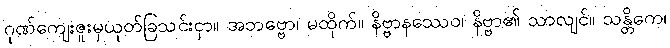
ဂုဏ်ကျေးဇူးမှယုတ်ခြသင်းငှာ။ အဘဗ္ဗော၊ မထိုက်။ နိဗ္ဗာနဿေဝ၊ နိဗ္ဗာ၏ သာလျင်။ သန္တိကေ၊